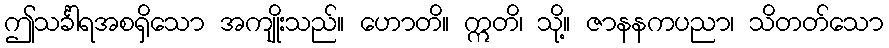
ဤသင်္ခါရအစရှိသော အကျိုးသည်။ ဟောတိ။ ဣတိ၊ သို့။ ဇာနနကပညာ၊ သိတတ်သော